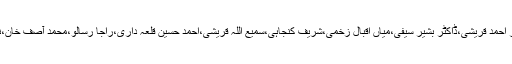
ان میں رالف رسل،جیکوئس دریدا، سبط الحسن ضیغم، استاد دامن،قرۃ العین حیدر،ڈاکٹر نثار احمد قریشی،ڈاکٹر بشیر سیفی،میاں اقبال زخمی،شریف کنجاہی،سمیع اللہ قریشی،احمد حسین قلعہ داری،راجا رسالو،محمد آصف خان،نور احمد ثاقب،اقتدار واجد،رام ریاض،معین تابش اور صاحب زادہ رفعت سلطان شامل ہیں۔